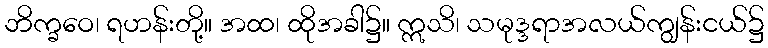
ဘိက္ခဝေ၊ ရဟန်းတို့။ အထ၊ ထိုအခါ၌။ ဣသိ၊ သမုဒ္ဒရာအလယ်ကျွန်းငယ်၌